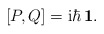
\begin{align*}[P, Q]= {\rm i}\hbar\,{\bf 1}.\end{align*}